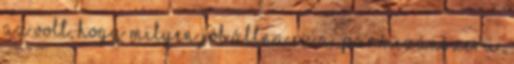
az volt, hogy milyen jól állna ez a “parmezánszerű”